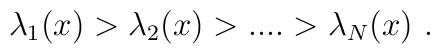
\lambda_1(x)>\lambda_2(x)>....>\lambda_N(x)~.